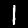
Label: 1